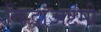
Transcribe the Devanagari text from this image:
विद्धाअष्टमी